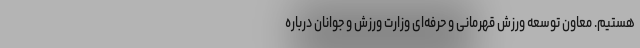
هستیم. معاون توسعه ورزش قهرمانی و حرفه‌ای وزارت ورزش و جوانان درباره